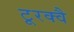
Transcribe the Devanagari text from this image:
टूरक्वै